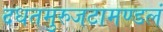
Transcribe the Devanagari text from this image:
दधतमुरुजटामण्डलं